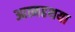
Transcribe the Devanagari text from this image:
आत्महथया